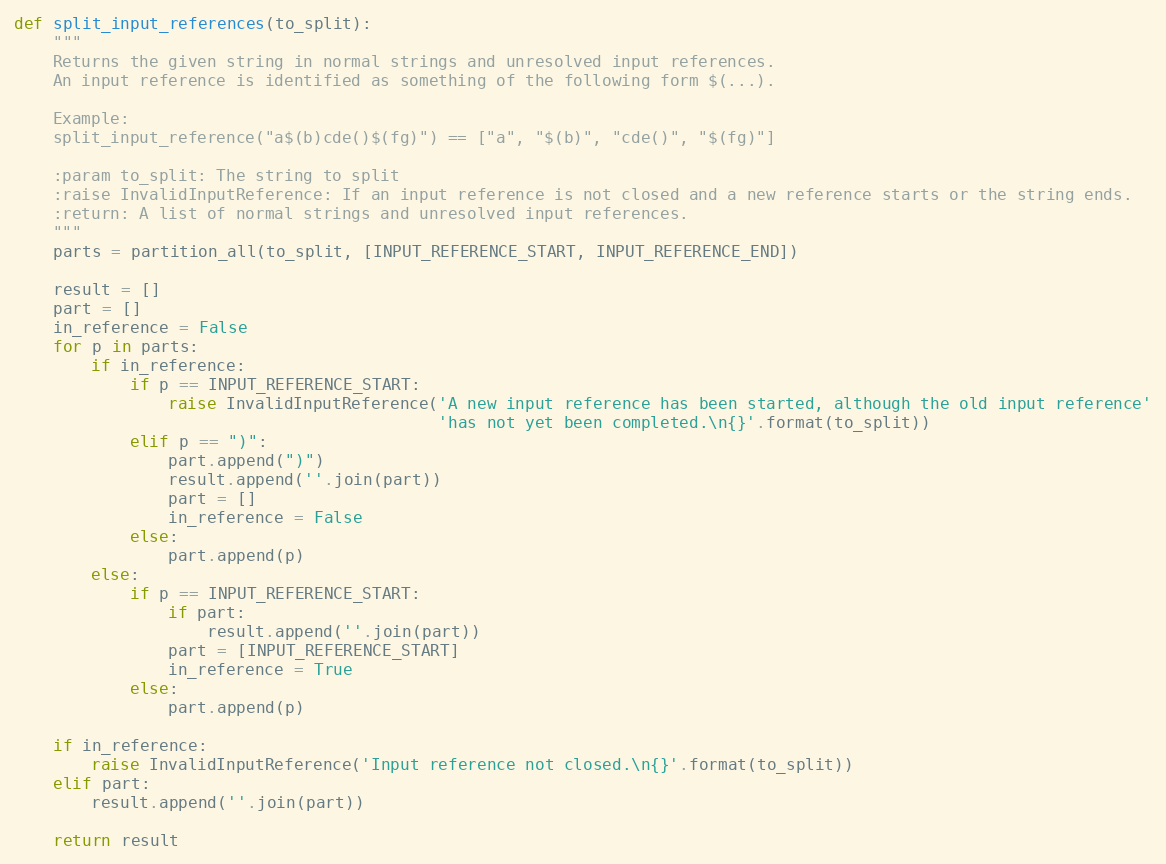
Language: Python
def split_input_references(to_split):
    """
    Returns the given string in normal strings and unresolved input references.
    An input reference is identified as something of the following form $(...).

    Example:
    split_input_reference("a$(b)cde()$(fg)") == ["a", "$(b)", "cde()", "$(fg)"]

    :param to_split: The string to split
    :raise InvalidInputReference: If an input reference is not closed and a new reference starts or the string ends.
    :return: A list of normal strings and unresolved input references.
    """
    parts = partition_all(to_split, [INPUT_REFERENCE_START, INPUT_REFERENCE_END])

    result = []
    part = []
    in_reference = False
    for p in parts:
        if in_reference:
            if p == INPUT_REFERENCE_START:
                raise InvalidInputReference('A new input reference has been started, although the old input reference'
                                            'has not yet been completed.\n{}'.format(to_split))
            elif p == ")":
                part.append(")")
                result.append(''.join(part))
                part = []
                in_reference = False
            else:
                part.append(p)
        else:
            if p == INPUT_REFERENCE_START:
                if part:
                    result.append(''.join(part))
                part = [INPUT_REFERENCE_START]
                in_reference = True
            else:
                part.append(p)

    if in_reference:
        raise InvalidInputReference('Input reference not closed.\n{}'.format(to_split))
    elif part:
        result.append(''.join(part))

    return result